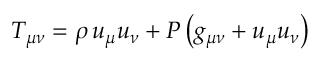
T _ { \mu \nu } = \rho \, u _ { \mu } u _ { \nu } + P \left( g _ { \mu \nu } + u _ { \mu } u _ { \nu } \right)